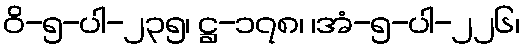
ဝိ-၅-ပါ-၂၃၅၊ ဋ္ဌ-၁၇၈၊ ၊အံ-၅-ပါ-၂၂၆၊